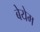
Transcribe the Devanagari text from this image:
बेयेम